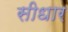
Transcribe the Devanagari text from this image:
सीधार